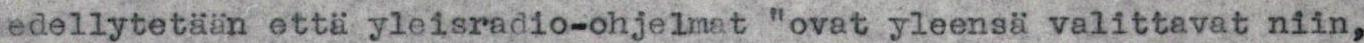
edellytetään että yleisradio-ohjelmat "ovat yleensä valittavat niin,